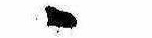
ゝ